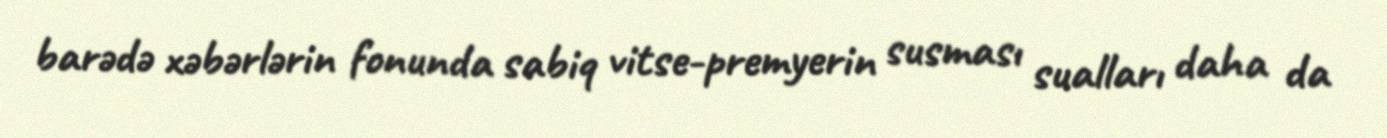
barədə xəbərlərin fonunda sabiq vitse-premyerin susması sualları daha da